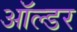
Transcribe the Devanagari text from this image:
ऑल्‍डर